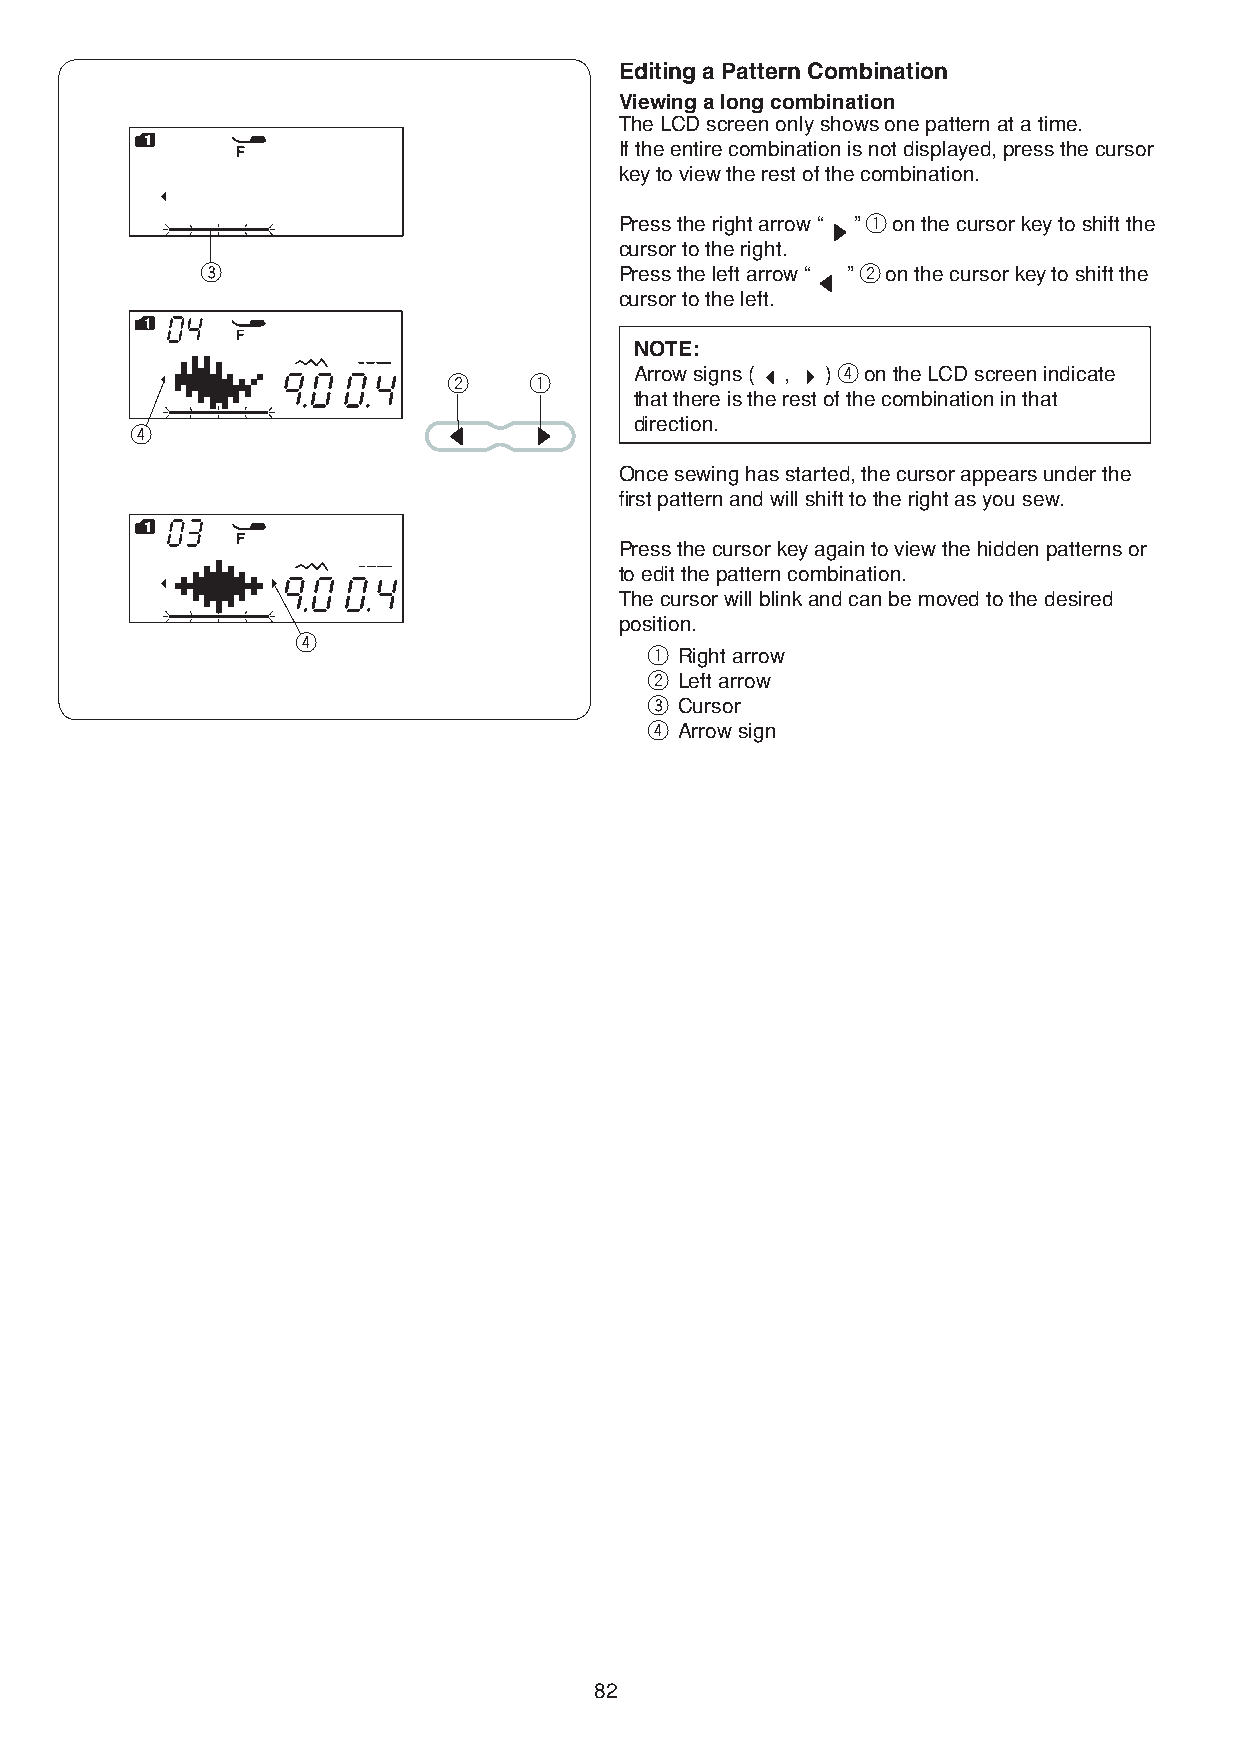
Editing a Pattern Combination
 Viewing a long combination
 The LCD screen only shows one pattern at a time.
 If the entire combination is not displayed, press the cursor
 key to view the rest of the combination.
 Press the right arrow “ ” q on the cursor key to shift the
 cursor to the right.
 e                           Press the left arrow “ ” w on the cursor key to shift the
 cursor to the left.
 NOTE:
 Arrow signs ( , ) r on the LCD screen indicate
 w    q
 that there is the rest of the combination in that
 direction.
 r
 Once sewing has started, the cursor appears under the
 first pattern and will shift to the right as you sew.
 Press the cursor key again to view the hidden patterns or
 to edit the pattern combination.
 The cursor will blink and can be moved to the desired
 position.
 r
 q Right arrow
 w Left arrow
 e Cursor
 r Arrow sign
 82